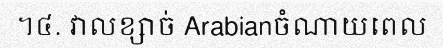
។៤. វាលខ្សាច់ Arabianចំណាយពេល